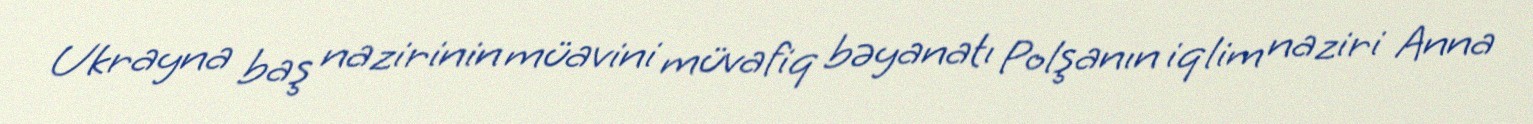
Ukrayna baş nazirinin müavini müvafiq bəyanatı Polşanın iqlim naziri Anna